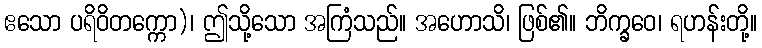
ဧသော ပရိဝိတက္ကော)၊ ဤသို့သော အကြံသည်။ အဟောသိ၊ ဖြစ်၏။ ဘိက္ခဝေ၊ ရဟန်းတို့။